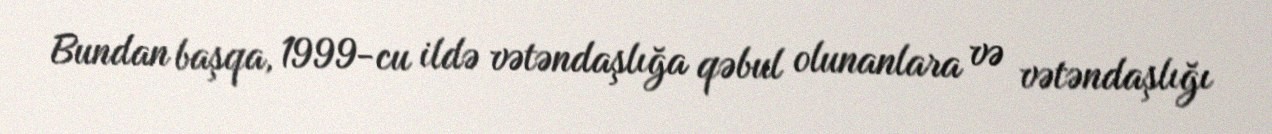
Bundan başqa, 1999-cu ildə vətəndaşlığa qəbul olunanlara və vətəndaşlığı